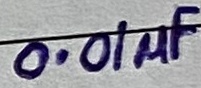
Text: 0.01µF